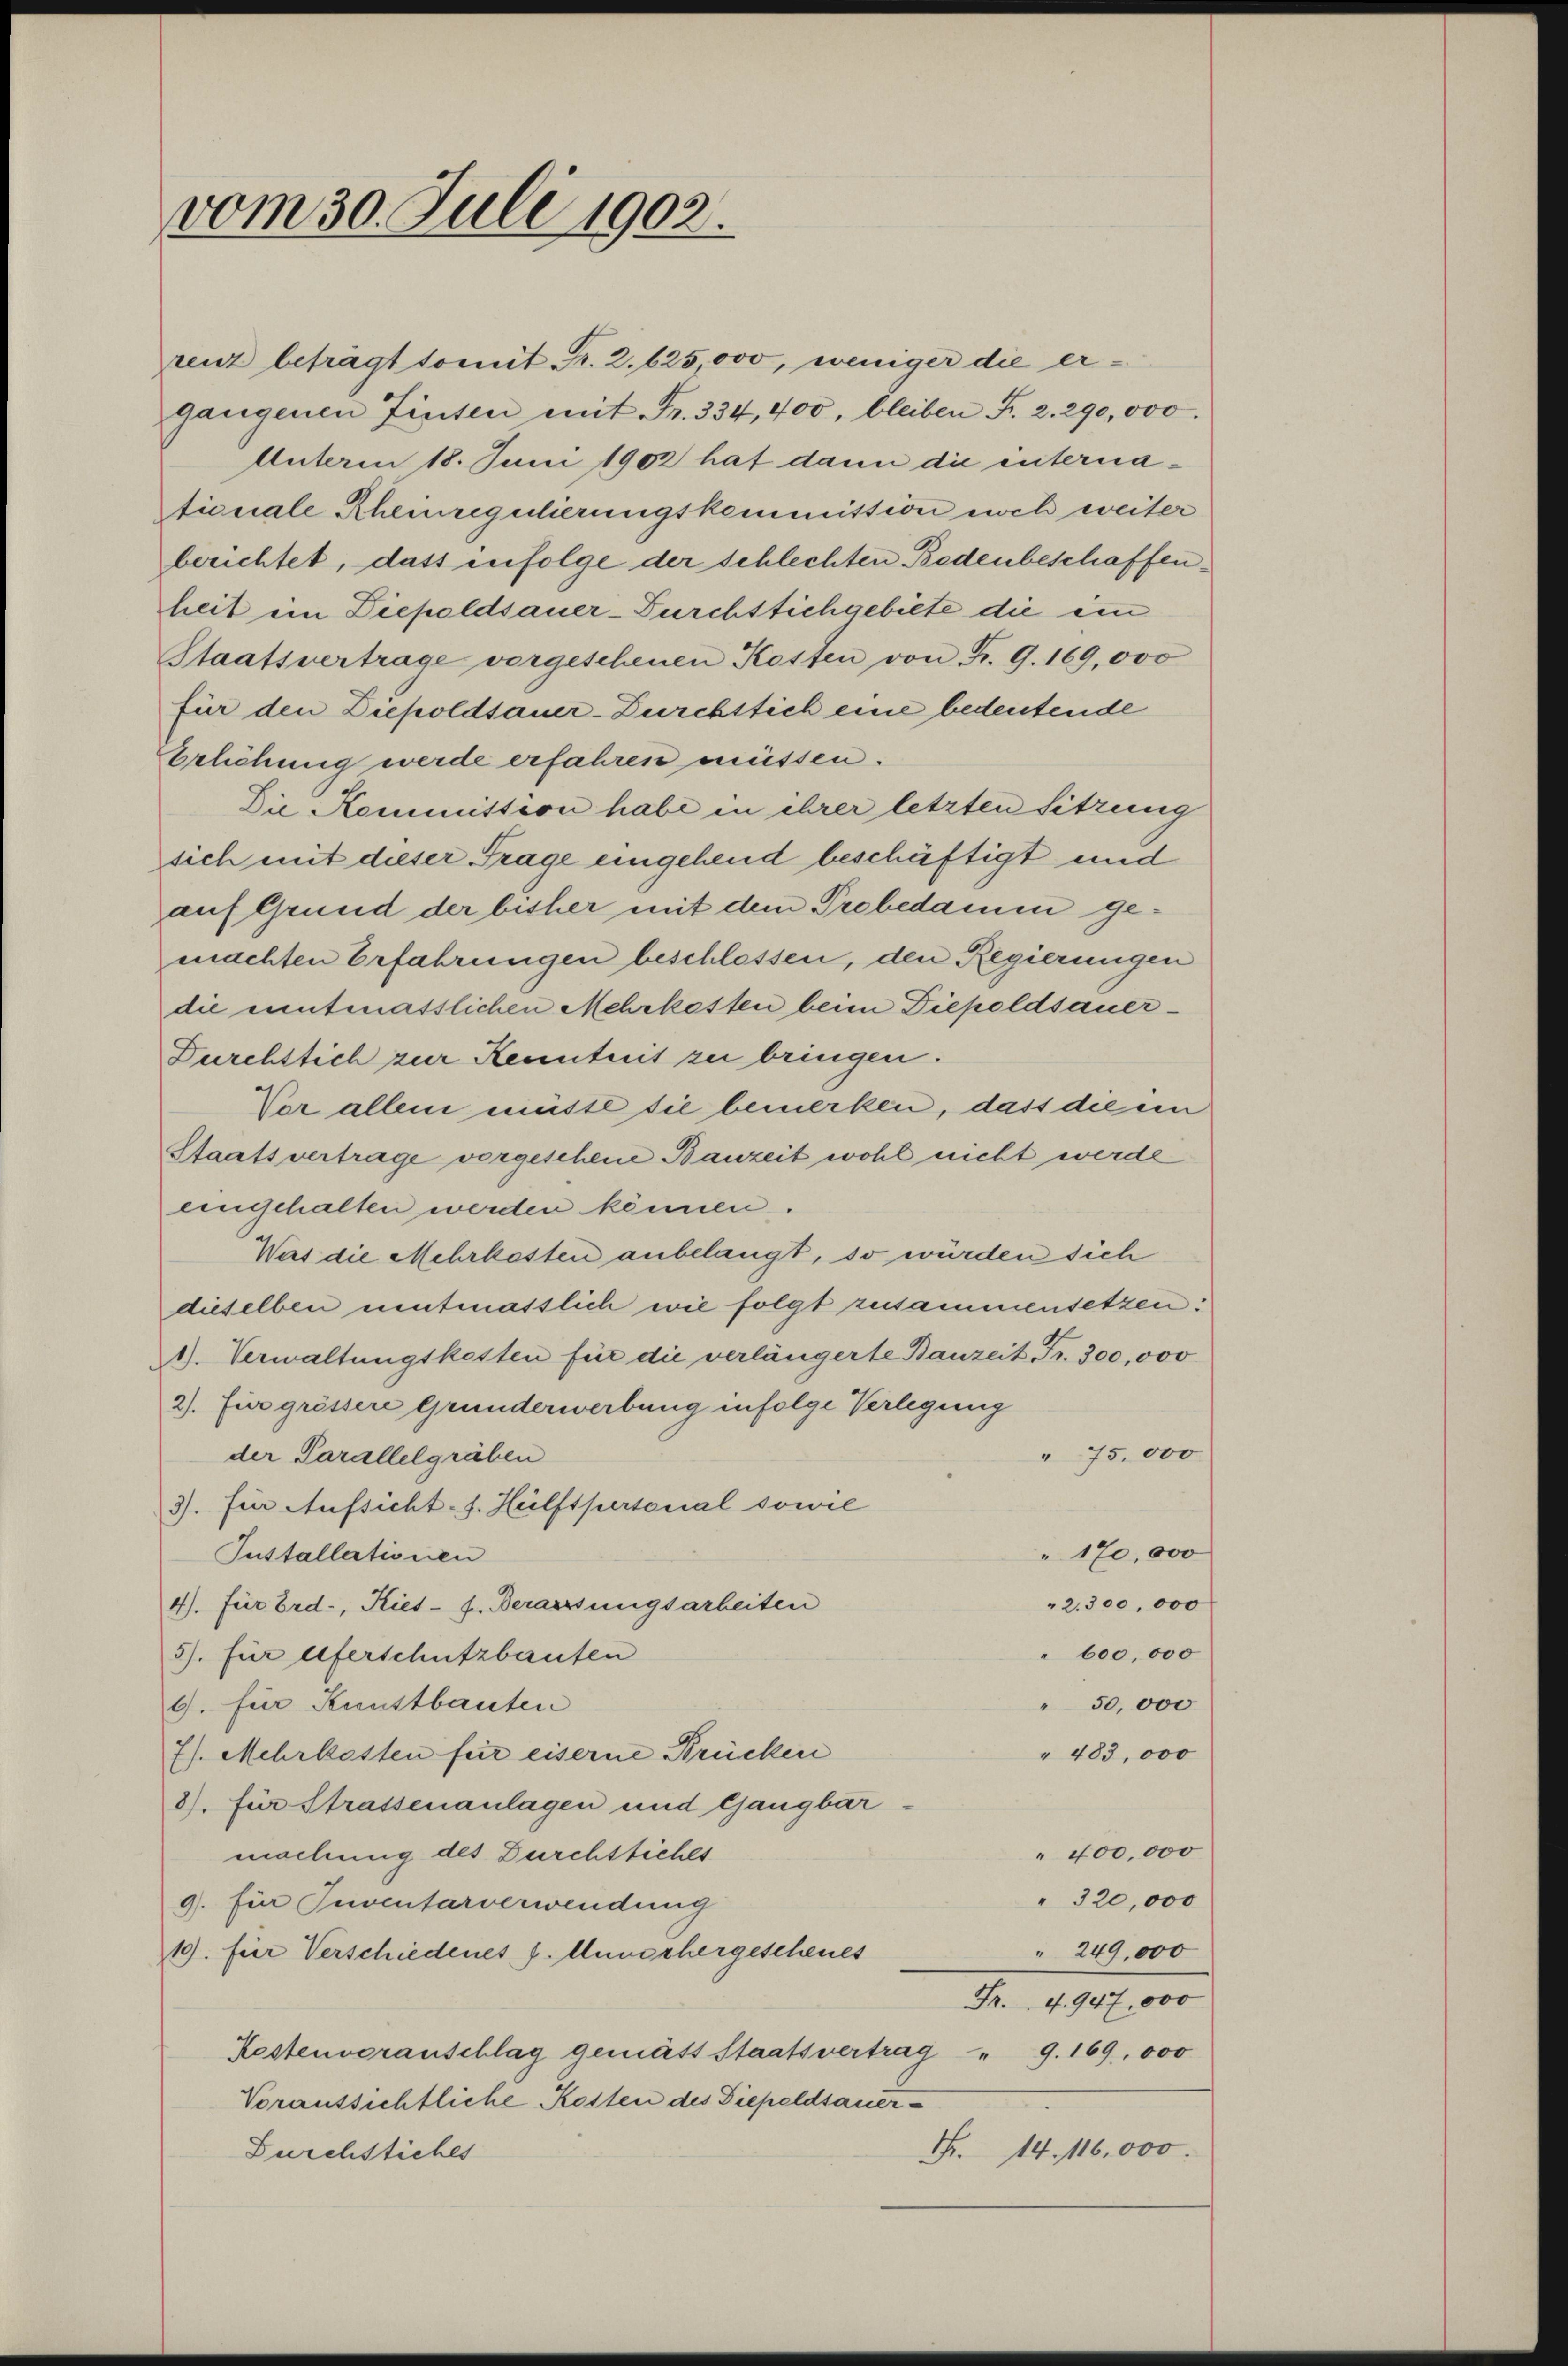
vom 30. Juli 1902.

renz beträgt somit Fr. 2. 625,000, weniger die ergangenen Tinten mit Fr. 334, 400, bleiben Fr. 2. 290,000.
Unterm 18. Juni 1902 hat dann die internationale Rheinregulierungskommission nich weiter
berichtet, dass infolge der schlechten Bedenbeschaffen
heit ein Diepoldsauer-Durchtlichgebiete die ein
Staatsvertrage vorgeschenen Kosten von Fr. 9. 169,000
für den Diepoldsauer-Durchstich eine bedeutende
Erlichung werde erfahren müssen.
Die Kommission habe in ihrer letzten Sitzung
sich mit dieser Frage eingehend beschäftigt und
auf Grund der bisher mit dem Probedamen gemachten Erfahrungen beschlossen, den Regierungen
die enntmasslichen Mehrkosten beim Diepoldsauer¬
Durchtlich zur Kenntnis zu bringen.
Vor allem müste die bemerken, dass die em
Staatsvertrage vorgesehene Bauzeit wohl nicht werde
eingehalten werden können.
Was die Mehrkosten anbelangt, so würden sich
dieselben mitmasslich wie folgt zusammensetzen:
1). Verwaltungskosten für die verlängerte Bauzeit Fr. 300,000
2). Für grössere Grunderwerbung infolge Verlegung
" 75.000
der Parallelgräben
3). für Aufsicht s. Heilftpersonal sowie
" 170,000
Installationen
"2.300,000
4). Für Erd-, Kiet- f. Beraussungsarbeiten
600,000
5). für eiferschutzbauten
9. für Kunstbauten
" 50,000
7). Mehrkosten für eiserne Brücken
" 483,000
8). Für Strassenanlagen und Gangbar-
" 400,000
machung des Durchtliches
" 320,000
9). Für Inventarverwendung
" 249,000
19. für Verschiedenes v. Munorhergeschenes
Fr. 4. 947,000
Kostenvoranschlag gemätt Staatsvertrag " 9. 169. 000
Voraussichtliche Kosten des Diepeldsauer¬
Nr. 14. 116,000.
Durchstiches